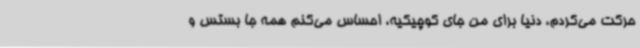
حرکت می‌کردم، دنیا برای من جای کوچیکیه، احساس می‌کنم همه جا بستس و